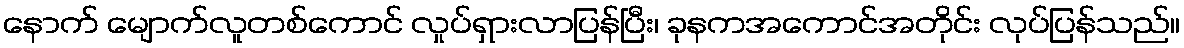
နောက် မျောက်လူတစ်ကောင် လှုပ်ရှားလာပြန်ပြီး၊ ခုနကအကောင်အတိုင်း လုပ်ပြန်သည်။